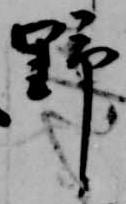
野